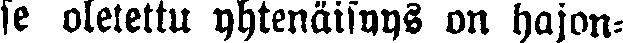
se oletettu yhtenäisyys on hajon-